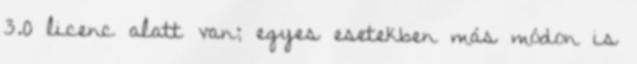
3.0 licenc alatt van; egyes esetekben más módon is